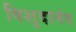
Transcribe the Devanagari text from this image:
विशुदानंद